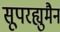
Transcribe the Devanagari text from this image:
सूपरह्युमैन